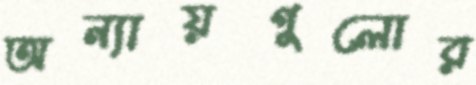
অন্যায়গুলোর